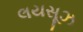
લયસૂઝ